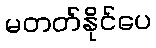
မတတ်နိုင်ပေ